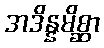
အဒိန္နမိစ္ဆာ